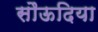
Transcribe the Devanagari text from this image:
सौऊदिया